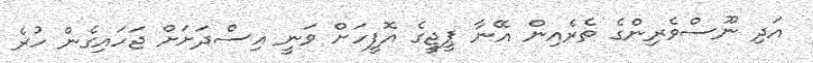
އަދި ނޫސްވެރިންގެ ތެރެއިން އޭނާ ޕީޖީގެ އޮފީހަށް ވަނީ އިސްދަށަށް ޖަހައިގެން ހުރެ